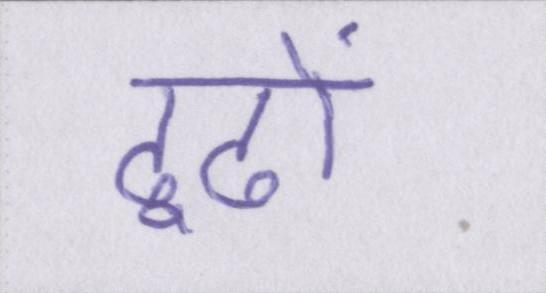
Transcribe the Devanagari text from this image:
ढूढों